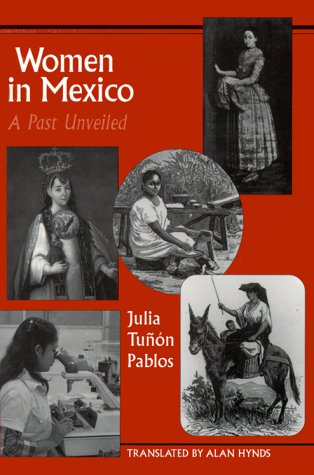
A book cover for Women in Mexico: A Past Unveiled (Latin America Series); Julia TuÃ±Ã³n Pablos; Politics & Social Sciences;